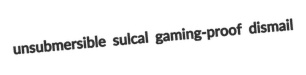
unsubmersible sulcal gaming-proof dismail